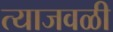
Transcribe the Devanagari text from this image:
त्याजवळी